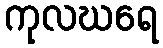
ကုလဃရေ